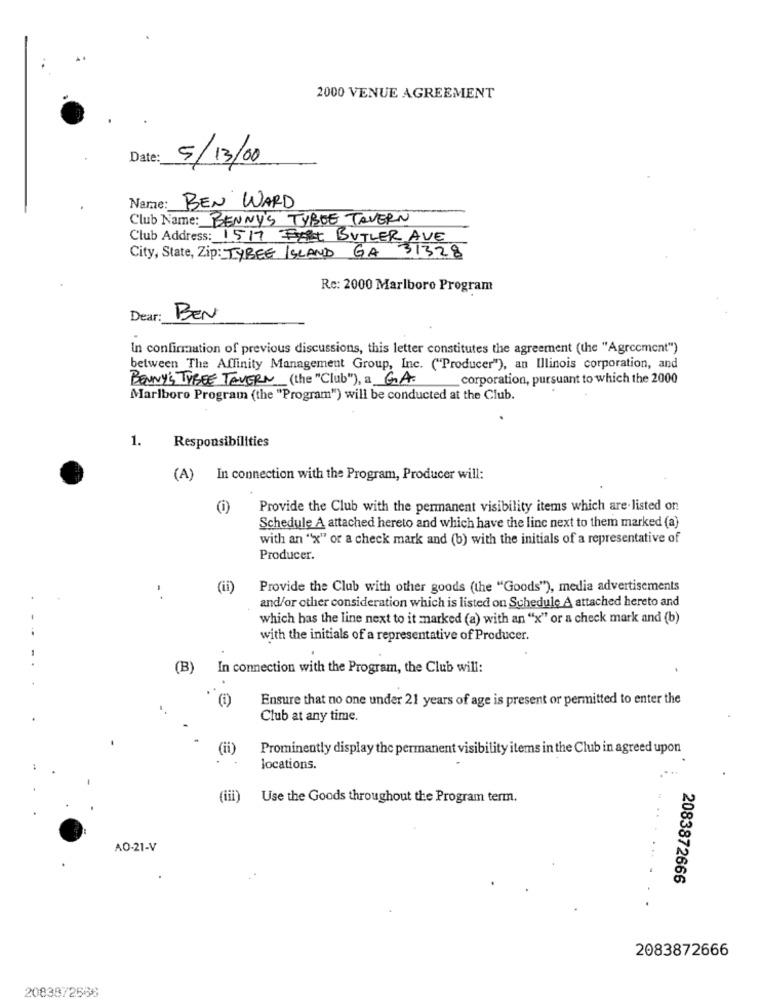
2000 VENUE AGREEMENT
Date:
5/13/00
Name:
BEN WARD
Club Name: BENNY'S TYBEE TAVERN
Club Address: 1517 Frist BUTLER AVE
31328
City, State, Zip: TYBEE ISLAND GA
Re: 2000 Marlboro Program
Dear: BEN
In confirmation of previous discussions, this letter constitutes the agreement (the "Agreement")
between The Affinity Management Group, Inc. ("Producer"), an Illinois corporation, and
BENNY'S TYBEE TAVERN (the "Club"), a GA.
corporation, pursuant to which the 2000
Marlboro Program (the "Program") will be conducted at the Club.
1.
Responsibilities
(A) In connection with the Program, Producer will:
Provide the Club with the permanent visibility items which are listed on
Schedule A attached hereto and which have the line next to them marked (a)
with an "x" or a check mark and (b) with the initials of a representative of
Producer.
(ii)
Provide the Club with other goods (the "Goods"), media advertisements
. .
and/or other consideration which is listed on Schedule A attached hereto and
which has the line next to it marked (a) with an "x" or a check mark and (b)
. ...
with the initials of a representative of Producer.
(B)
In connection with the Program, the Club will:
Ensure that no one under 21 years of age is present or permitted to enter the
Club at any time.
(ii)
Prominently display the permanent visibility items in the Club in agreed upon
locations.
(iii)
Use the Goods throughout the Program term.
AO-21-V
2083872666
2083872666
2083872568